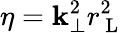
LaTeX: \eta=\mathbf{k}_{\perp}^{2}r_{\mathrm{{~L~}}}^{2}